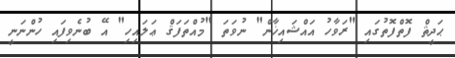
ޙަދީޘް ފޮތްފޮތުގައި "ރަވާހު އައްޝައިޚާން" ނުވަތަ "މުއްތަފަޤް ޢަލައިހި" އޭ ބުނެވިފައި ހުންނަނީ